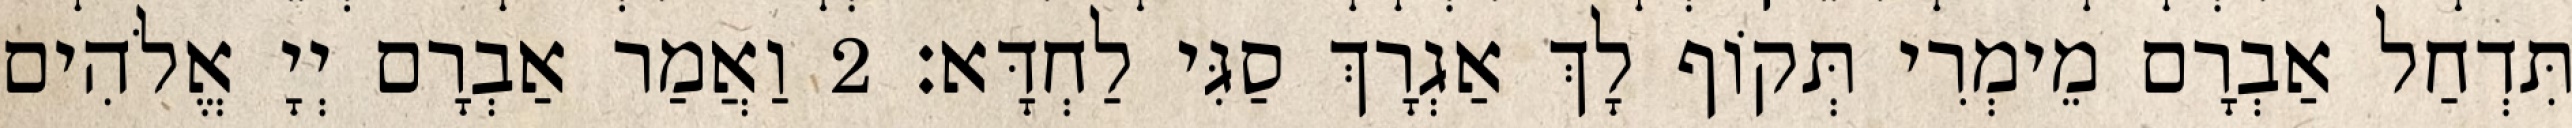
תִּדְחַל אַבְרָם מֵימְרִי תְּקוֹף לָךְ אַגְרָךְ סַגִּי לַחְדָּא׃ 2 וַאֲמַר אַבְרָם יְיָ אֱלֹהִים